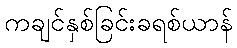
ကချင်နှစ်ခြင်းခရစ်ယာန်